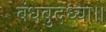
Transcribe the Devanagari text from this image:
बंधबुद्ध्या।।